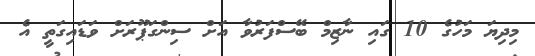
މިދިޔަ މަހުގެ 10 ގައި ނާޒިމް ބޭސްފަރުވާ އަށް ސިންގަޕޫރަށް ވަޑައިގަތީ އެ